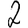
Digit: 2